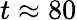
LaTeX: t\approx 80